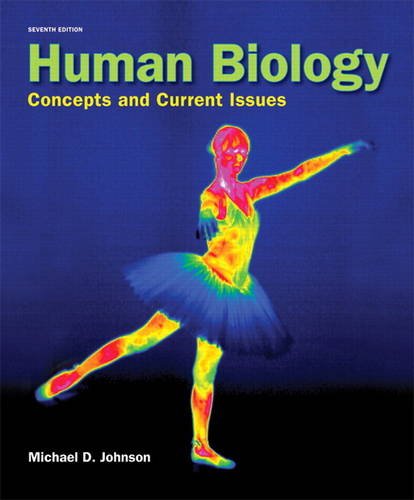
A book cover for Human Biology: Concepts and Current Issues (7th Edition); Michael D. Johnson; Medical Books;